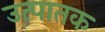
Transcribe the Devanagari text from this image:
उत्पातक